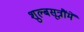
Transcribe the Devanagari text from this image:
शुल्बसूत्रौंमें